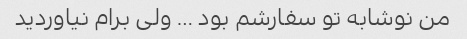
من نوشابه تو سفارشم بود … ولی برام نیاوردید